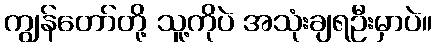
ကျွန်တော်တို့ သူ့ကိုပဲ အသုံးချရဦးမှာပဲ။